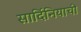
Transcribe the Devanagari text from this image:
सार्दिनियाची